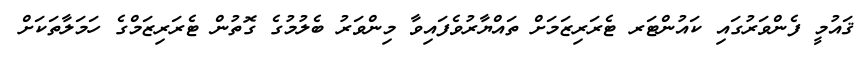
ޤައުމީ ފެންވަރުގައި ކައުންޓަރ ޓެރަރިޒަމަށް ތައްޔާރުވެފައިވާ މިންވަރު ބެލުމުގެ ގޮތުން ޓެރަރިޒަމްގެ ހަމަލާތަކަށް